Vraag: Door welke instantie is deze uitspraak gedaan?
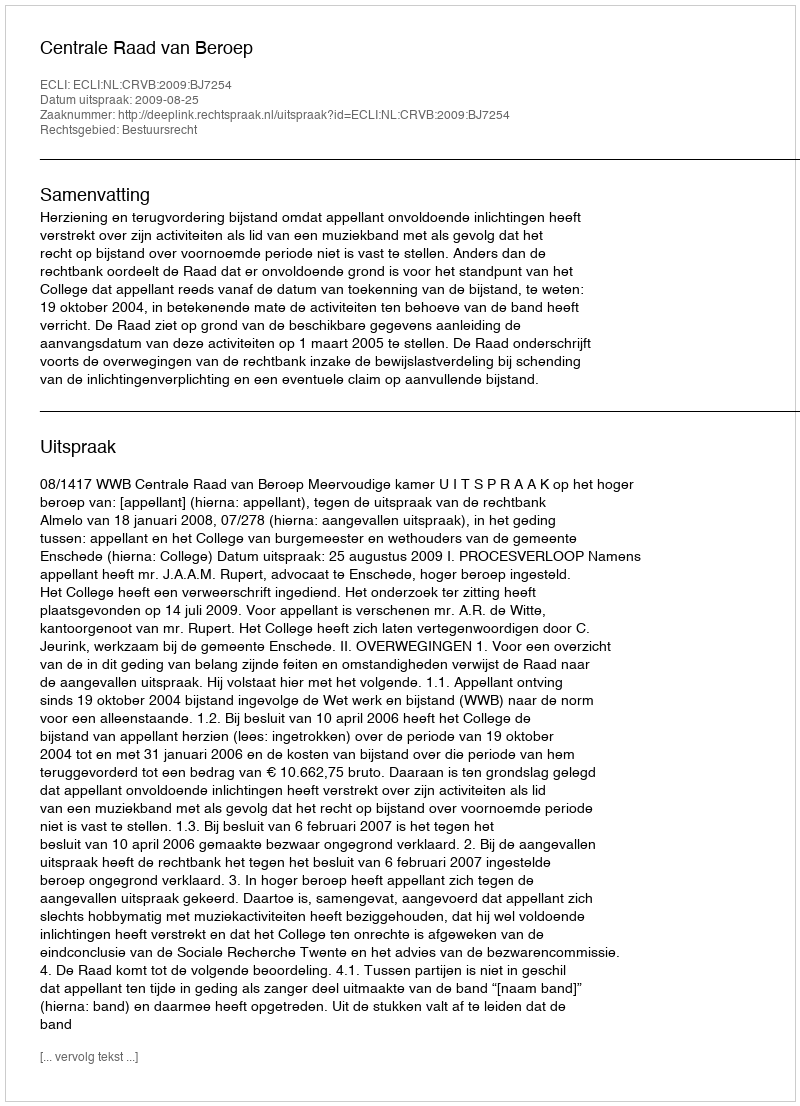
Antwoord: Centrale Raad van Beroep